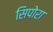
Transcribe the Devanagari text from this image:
सिपोरा